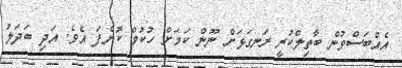
އެއްބަސްވުން ބާތިލްކުރީ ރަނގަޅަށް ނޫން ކަމަށް ހުކުމް ކޮށްފަ އެވެ. އަދި ބަދަލު